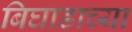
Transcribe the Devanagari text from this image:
बिघाडाच्या